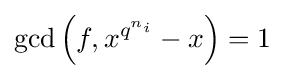
\gcd \left(f,x^{q^{n_{i}}}-x\right)=1